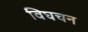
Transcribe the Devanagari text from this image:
विघचन